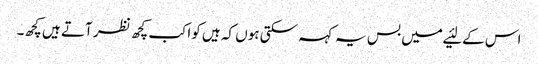
اس کے لئیے میں بس یہ کہہ سکتی ہوں کہ ہیں کواکب کچھ نظر آتے ہیں کچھ۔